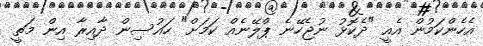
އެހެންކަމުން އެއީ "ދެކޮޅު ނުޖެހޭނެ ޕްލޭނެއް ކަމަށް" ހައުސިން ދާއިރާ އިން މަތީ